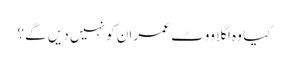
کیا وہ اگلا ووٹ عمران کو نہیں دیں گے ؟